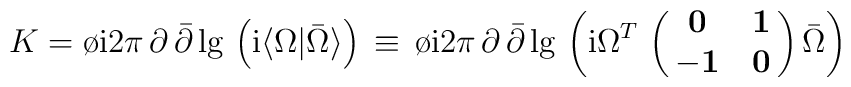
K = {\o {\rm i}{2 \pi}}\,  \partial \,{\bar \partial} \,{\rm lg} \, \left ( {\rm i} \langle \Omega \vert {\bar \Omega } \rangle\right ) \, \equiv \, {\o {\rm i}{2 \pi}}\,  \partial \,{\bar \partial} \,{\rm lg} \, \left ( {\rm i} \Omega^T \, \left (\matrix { {\bf 0}  & {\bf 1}  \cr- {\bf 1}  & {\bf 0} \cr  }\right ) {\bar \Omega}\right )